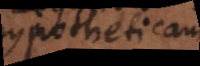
hypotheticam